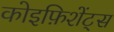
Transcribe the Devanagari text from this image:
कोइफ़िशेंट्स